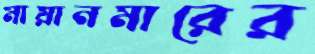
মায়ানমারের